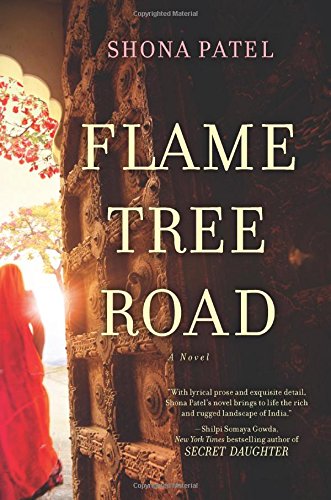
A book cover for Flame Tree Road; Shona Patel; Romance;